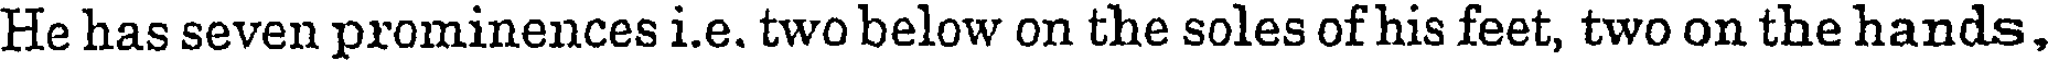
He has seven prominences i.e. two below on the soles of his feet, two on the hands,